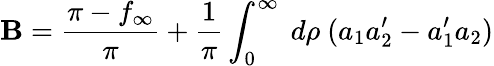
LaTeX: \mathbf{B}=\frac{{\pi-f_{\infty}}}{{\pi}}+\frac{{1}}{{\pi}}\int_{0}^{\infty}~d\rho~(a_{1}a_{2}^{\prime}-a_{1}^{\prime}a_{2})